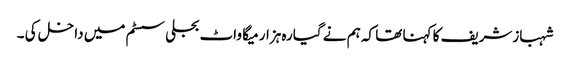
شہبازشریف کا کہنا تھا کہ ہم نے گیارہ ہزار میگا واٹ بجلی سسٹم میں داخل کی ۔